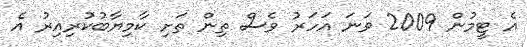
އެ ޓީމުން 2009 ވަނަ އަހަރު ވެސް ތިން ތަށި ކާމިޔާބުކުރިއިރު އެ